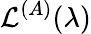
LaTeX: \mathcal{L}^{(A)}(\lambda)